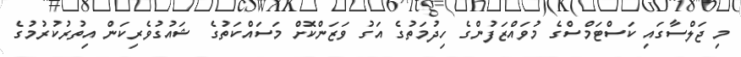
މި ޖަލްސާގައި ކަސްޓަމްސްގެ މުވައްޒަފުންގެ ހިދުމަތުގެ އަގު ވަޒަންކޮށް މަސައްކަތުގެ ޝައުގުވެރިކަން އިތުރުކުރުމުގެ